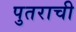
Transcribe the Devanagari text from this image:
पुतराची